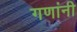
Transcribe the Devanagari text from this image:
गणांनी